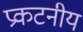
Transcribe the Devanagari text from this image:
प्रकटनीय